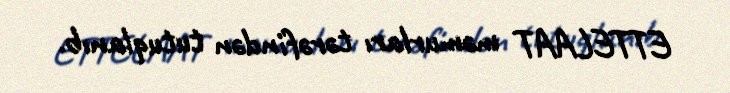
ETTELAAT məmurları tərəfindən tutuqlanıb.